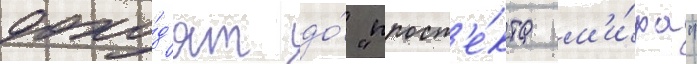
дохо́д'ят до́ "просп'е́кта м'и́ра"